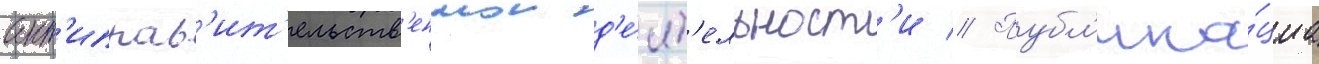
ант'иправ'ит'ельств'еннои д'е́ят'ельност'и // Публ'ика́циа